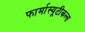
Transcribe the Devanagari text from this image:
फार्मास्यूटीकल्स